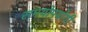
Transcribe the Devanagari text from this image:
समयोपयोगी